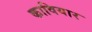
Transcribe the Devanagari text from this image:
कावियार